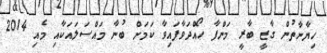
ހިޔާނާތުން ގާޒީ ބާރީ މަންފާ ހޯއްދަވާފައިވާ ކަމަށް ބުނާ މައްސަލައަކާއި މެއި 2014